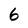
Character: 6